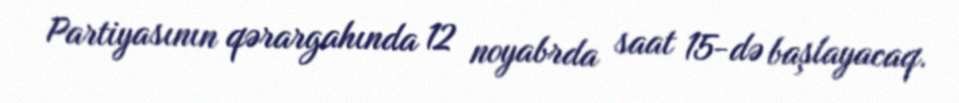
Partiyasının qərargahında 12 noyabrda saat 15-də başlayacaq.